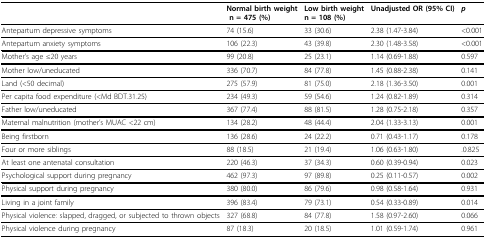
<table><thead><tr><td></td><td><b>Normal birth weight n = 475 (%)</b></td><td><b>Low birth weight n = 108 (%)</b></td><td><b>Unadjusted OR (95% CI)</b></td><td><b><i>p</i></b></td></tr></thead><tbody><tr><td>Antepartum depressive symptoms</td><td>74 (15.6)</td><td>33 (30.6)</td><td>2.38 (1.47-3.84)</td><td>&lt;0.001</td></tr><tr><td>Antepartum anxiety symptoms</td><td>106 (22.3)</td><td>43 (39.8)</td><td>2.30 (1.48-3.58)</td><td>&lt;0.001</td></tr><tr><td>Mother&#x27;s age ≤20 years</td><td>99 (20.8)</td><td>25 (23.1)</td><td>1.14 (0.69-1.88)</td><td>0.597</td></tr><tr><td>Mother low/uneducated</td><td>336 (70.7)</td><td>84 (77.8)</td><td>1.45 (0.88-2.38)</td><td>0.141</td></tr><tr><td>Land (&lt;50 decimal)</td><td>275 (57.9)</td><td>81 (75.0)</td><td>2.18 (1.36-3.50)</td><td>0.001</td></tr><tr><td>Per capita food expenditure (&lt;Md BDT.31.25)</td><td>234 (49.3)</td><td>59 (54.6)</td><td>1.24 (0.82-1.89)</td><td>0.314</td></tr><tr><td>Father low/uneducated</td><td>367 (77.4)</td><td>88 (81.5)</td><td>1.28 (0.75-2.18)</td><td>0.357</td></tr><tr><td>Maternal malnutrition (mother&#x27;s MUAC &lt;22 cm)</td><td>134 (28.2)</td><td>48 (44.4)</td><td>2.04 (1.33-3.13)</td><td>0.001</td></tr><tr><td>Being firstborn</td><td>136 (28.6)</td><td>24 (22.2)</td><td>0.71 (0.43-1.17)</td><td>0.178</td></tr><tr><td>Four or more siblings</td><td>88 (18.5)</td><td>21 (19.4)</td><td>1.06 (0.63-1.80)</td><td>.0.825</td></tr><tr><td>At least one antenatal consultation</td><td>220 (46.3)</td><td>37 (34.3)</td><td>0.60 (0.39-0.94)</td><td>0.023</td></tr><tr><td>Psychological support during pregnancy</td><td>462 (97.3)</td><td>97 (89.8)</td><td>0.25 (0.11-0.57)</td><td>0.002</td></tr><tr><td>Physical support during pregnancy</td><td>380 (80.0)</td><td>86 (79.6)</td><td>0.98 (0.58-1.64)</td><td>0.931</td></tr><tr><td>Living in a joint family</td><td>396 (83.4)</td><td>79 (73.1)</td><td>0.54 (0.33-0.89)</td><td>0.014</td></tr><tr><td>Physical violence: slapped, dragged, or subjected to thrown objects</td><td>327 (68.8)</td><td>84 (77.8)</td><td>1.58 (0.97-2.60)</td><td>0.066</td></tr><tr><td>Physical violence during pregnancy</td><td>87 (18.3)</td><td>20 (18.5)</td><td>1.01 (0.59-1.74)</td><td>0.961</td></tr></tbody></table>